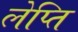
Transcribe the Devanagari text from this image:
लेप्ति